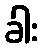
ခါး